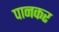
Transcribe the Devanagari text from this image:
पानकर